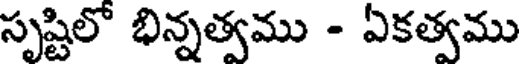
సృష్టిలో భిన్నత్వము - ఏకత్వము